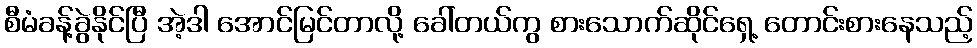
စီမံခန့်ခွဲနိုင်ပြီ အဲ့ဒါ အောင်မြင်တာလို့ ခေါ်တယ်ကွ စားသောက်ဆိုင်ရှေ့ တောင်းစားနေသည့်